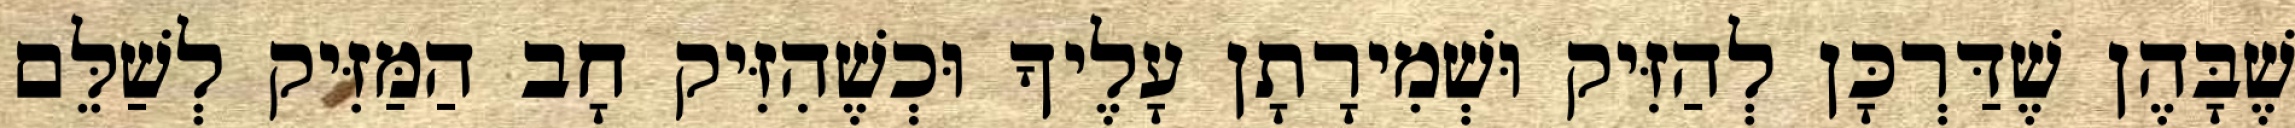
שֶׁבָּהֶן שֶׁדַּרְכָּן לְהַזִּיק וּשְׁמִירָתָן עָלֶיךָ וּכְשֶׁהִזִּיק חָב הַמַּזִּיק לְשַׁלֵּם